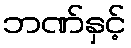
ဘဏ်နှင့်